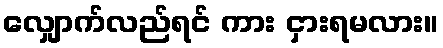
လျှောက်လည်ရင် ကား ငှားရမလား။